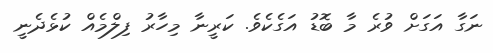
ނަގާ އަގަށް ވުރެ މާ ބޮޑު އަގެކެވެ. ކަރީނާ މިހާރު ފިލްމެއް ކުޅެދެނީ